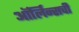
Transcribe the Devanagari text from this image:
ऑर्लिन्सची